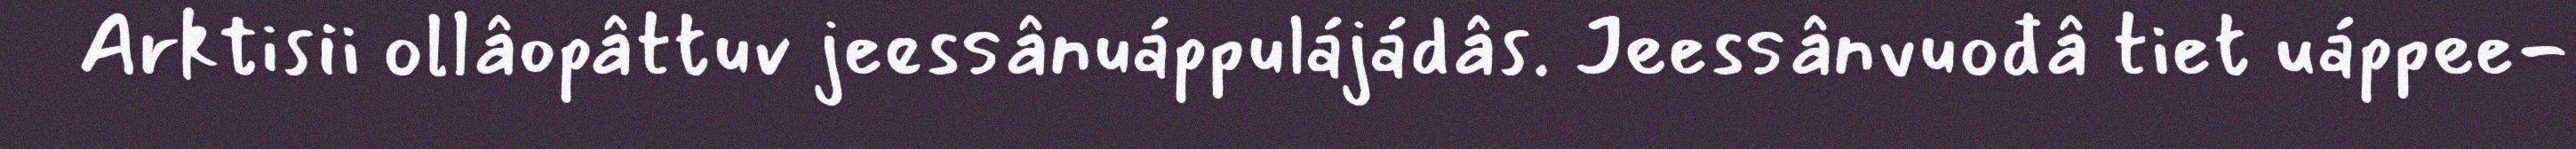
Arktisii ollâopâttuv jeessânuáppulájádâs. Jeessânvuođâ tiet uáppee-